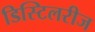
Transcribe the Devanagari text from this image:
डिस्टिलरीज